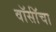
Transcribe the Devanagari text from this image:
वॉर्सॉचा